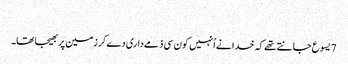
‏
7 یسوع جانتے تھے کہ خدا نے اُنہیں کون سی ذمےداری دے کر زمین پر بھیجا تھا۔